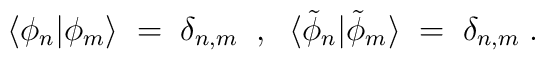
\langle \phi_n | \phi_m \rangle \;=\; \delta_{n,m} \;\;,\;\; \langle    {\tilde \phi}_n | {\tilde \phi}_m \rangle \;=\; \delta_{n,m} \;.